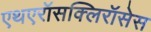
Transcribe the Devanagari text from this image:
एथएरॉसक्लिरॉसेस